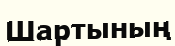
Шартының